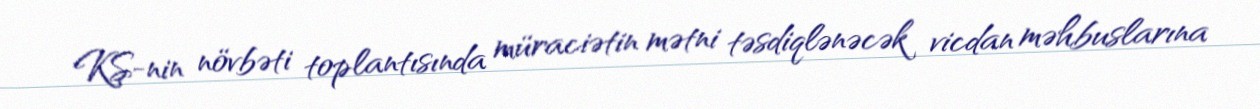
KŞ-nin növbəti toplantısında müraciətin mətni təsdiqlənəcək vicdan məhbuslarına